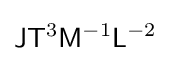
{\mathsf {J}}{\mathsf {T}}^{3}{\mathsf {M}}^{-1}{\mathsf {L}}^{-2}